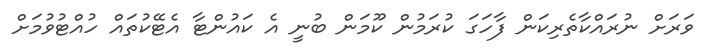
ވަރަށް ނުރައްކާތެރިކަން ފާހަގަ ކުރަމުން ކޫމަން ބުނީ އެ ކައުންޓާ އެޓޭކުތައް ހުއްޓުވުމަށް